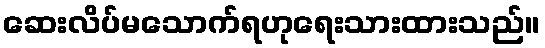
ဆေးလိပ်မသောက်ရဟုရေးသားထားသည်။